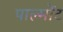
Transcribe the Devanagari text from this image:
पाल्मोंट